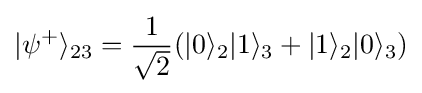
|\psi ^{+}\rangle _{23}={\frac {1}{\sqrt {2}}}(|0\rangle _{2}|1\rangle _{3}+|1\rangle _{2}|0\rangle _{3})